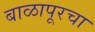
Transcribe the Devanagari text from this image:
बाळापूरचा